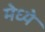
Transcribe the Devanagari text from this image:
मेध्ये